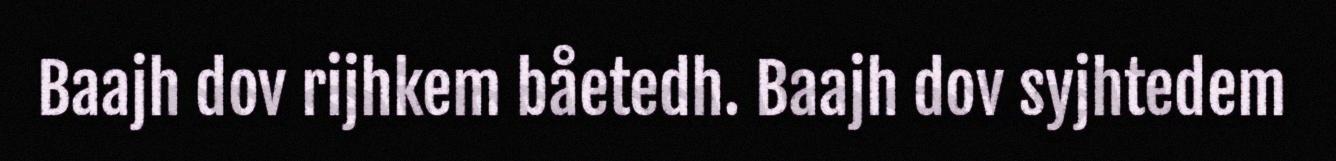
Baajh dov rijhkem båetedh. Baajh dov syjhtedem